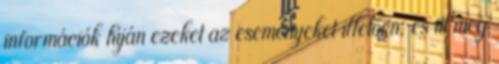
információk híján ezeket az eseményeket illetően, és itt meg